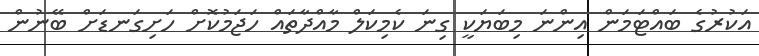
އަކުރުގެ ބައްޓަމަން އިންނަ މިބަޔަކީ ގިނަ ކެމިކަލް މާއްދާތައް ހަޖަމުކޮށް ހަށިގަނޑަށް ބޭނުން